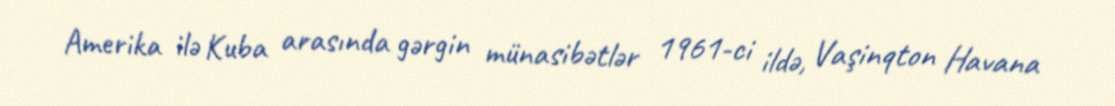
Amerika ilə Kuba arasında gərgin münasibətlər 1961-ci ildə, Vaşinqton Havana